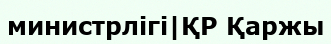
министрлігі|ҚР Қаржы